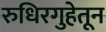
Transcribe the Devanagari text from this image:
रुधिरगुहेतून